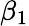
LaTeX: \beta_{1}